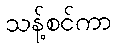
သန့်စင်ကာ